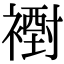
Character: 𧝪